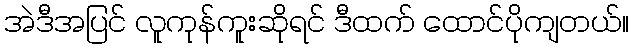
အဲဒီအပြင် လူကုန်ကူးဆိုရင် ဒီထက် ထောင်ပိုကျတယ်။